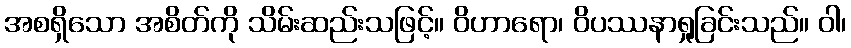
အစရှိသော အစိတ်ကို သိမ်းဆည်းသဖြင့်။ ဝိဟာရော၊ ဝိပဿနာရှုခြင်းသည်။ ဝါ၊